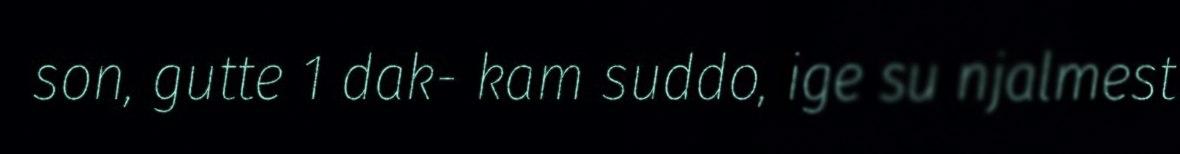
son, gutte 1 dak- kam suddo, ige su njalmest